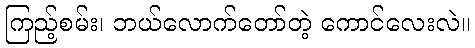
ကြည့်စမ်း၊ ဘယ်လောက်တော်တဲ့ ကောင်လေးလဲ။